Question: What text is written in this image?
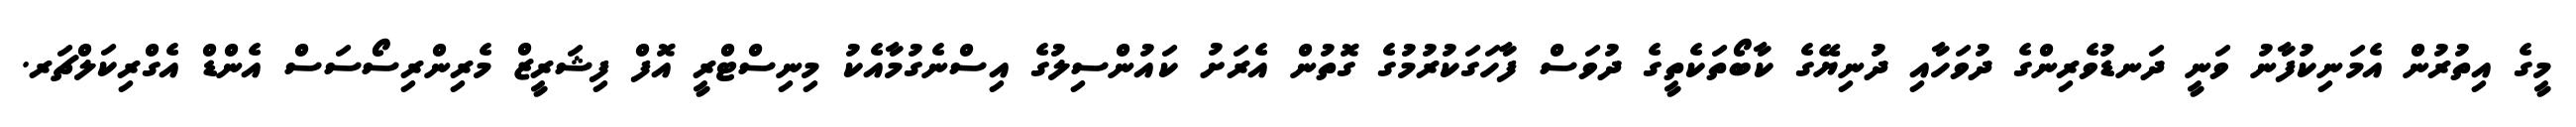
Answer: މީގެ އިތުރުން އެމަނިކުފާނު ވަނީ ދަނޑުވެރިންގެ ދުވަހާއި ދުނިޔޭގެ ކާބޯތަކެތީގެ ދުވަސް ފާހަގަކުރުމުގެ ގޮތުން އެރަށު ކައުންސިލުގެ އިސްނެގުމާއެކު މިނިސްޓްރީ އޮފް ފިޝަރީޒް މެރިންރިސޯސަސް އެންޑް އެގްރިކަލްޗަރ.